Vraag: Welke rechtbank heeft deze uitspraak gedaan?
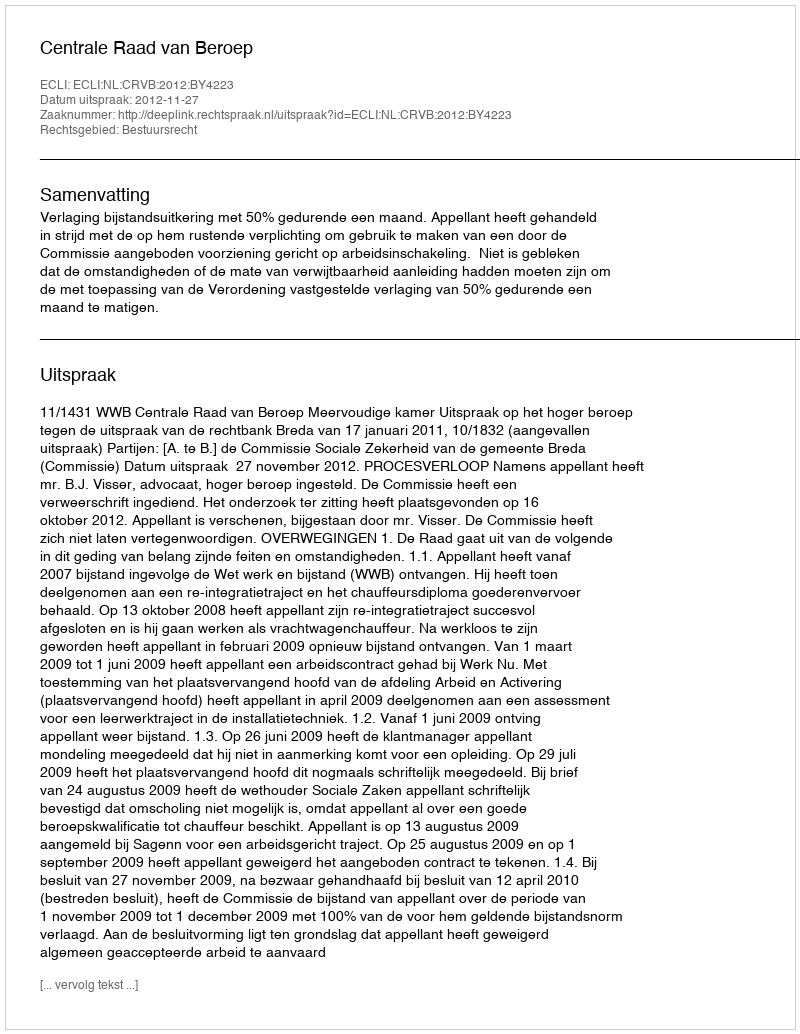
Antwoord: Centrale Raad van Beroep